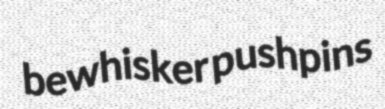
bewhisker pushpins